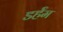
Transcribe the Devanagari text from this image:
डर्हॅम